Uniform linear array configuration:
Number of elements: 48
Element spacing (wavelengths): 1
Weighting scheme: hann
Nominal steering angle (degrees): -30
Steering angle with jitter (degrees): -29.819
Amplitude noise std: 0.05
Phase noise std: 0.05

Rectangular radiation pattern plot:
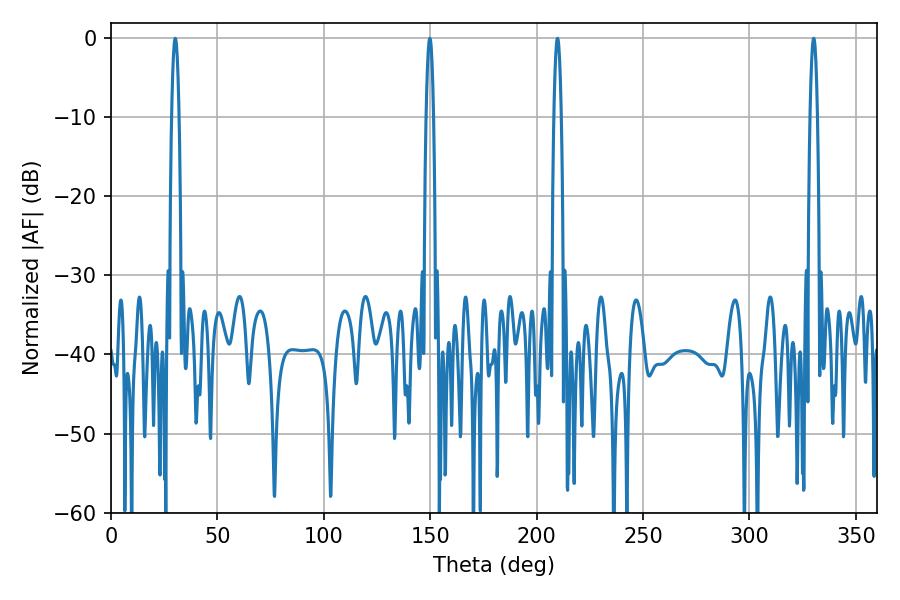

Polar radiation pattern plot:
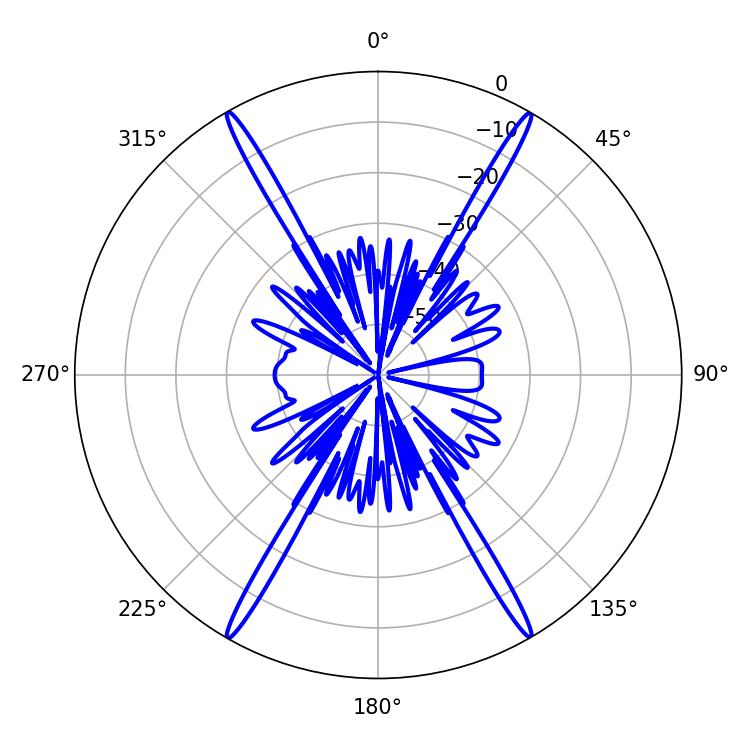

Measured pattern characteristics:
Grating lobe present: TRUE
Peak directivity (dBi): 34.867
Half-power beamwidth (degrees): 1.8
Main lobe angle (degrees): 30.24